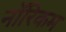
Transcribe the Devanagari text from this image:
नॉरिकम